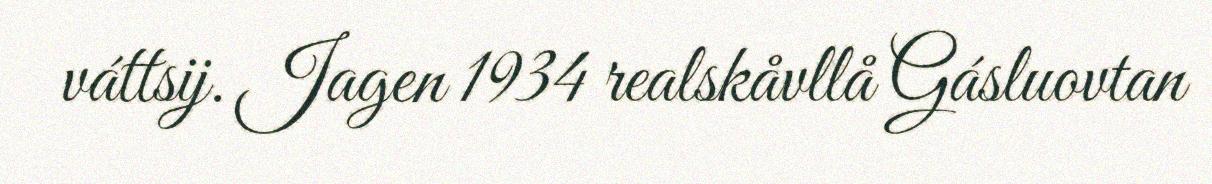
váttsij. Jagen 1934 realskåvllå Gásluovtan